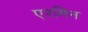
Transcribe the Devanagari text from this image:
एरमिन